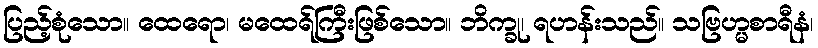
ပြည့်စုံသော။ ထေရော၊ မထေရ်ကြီးဖြစ်သော။ ဘိက္ခု၊ ရဟန်းသည်။ သဗြဟ္မစာရီနံ၊